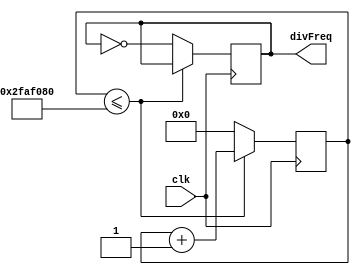
module freqDivider(
	input clk,			//clk input
	output divFreq			//output lower frequency (1Hz here)
);

reg [31:0] intCount = 0;			//register to count to 1 second
reg outFreq = 0;

always @(posedge clk) begin
	if (intCount <= 50000000)		//before 50MHz counted
        intCount <= intCount + 1;   //increment counter by 1
	else					         //when 50MHz counted
		begin
		intCount <= 0;			     //reset clock
		outFreq <= ~outFreq;		 //invert output, should change once every half sec
        end			
    end
assign divFreq = outFreq;

endmodule